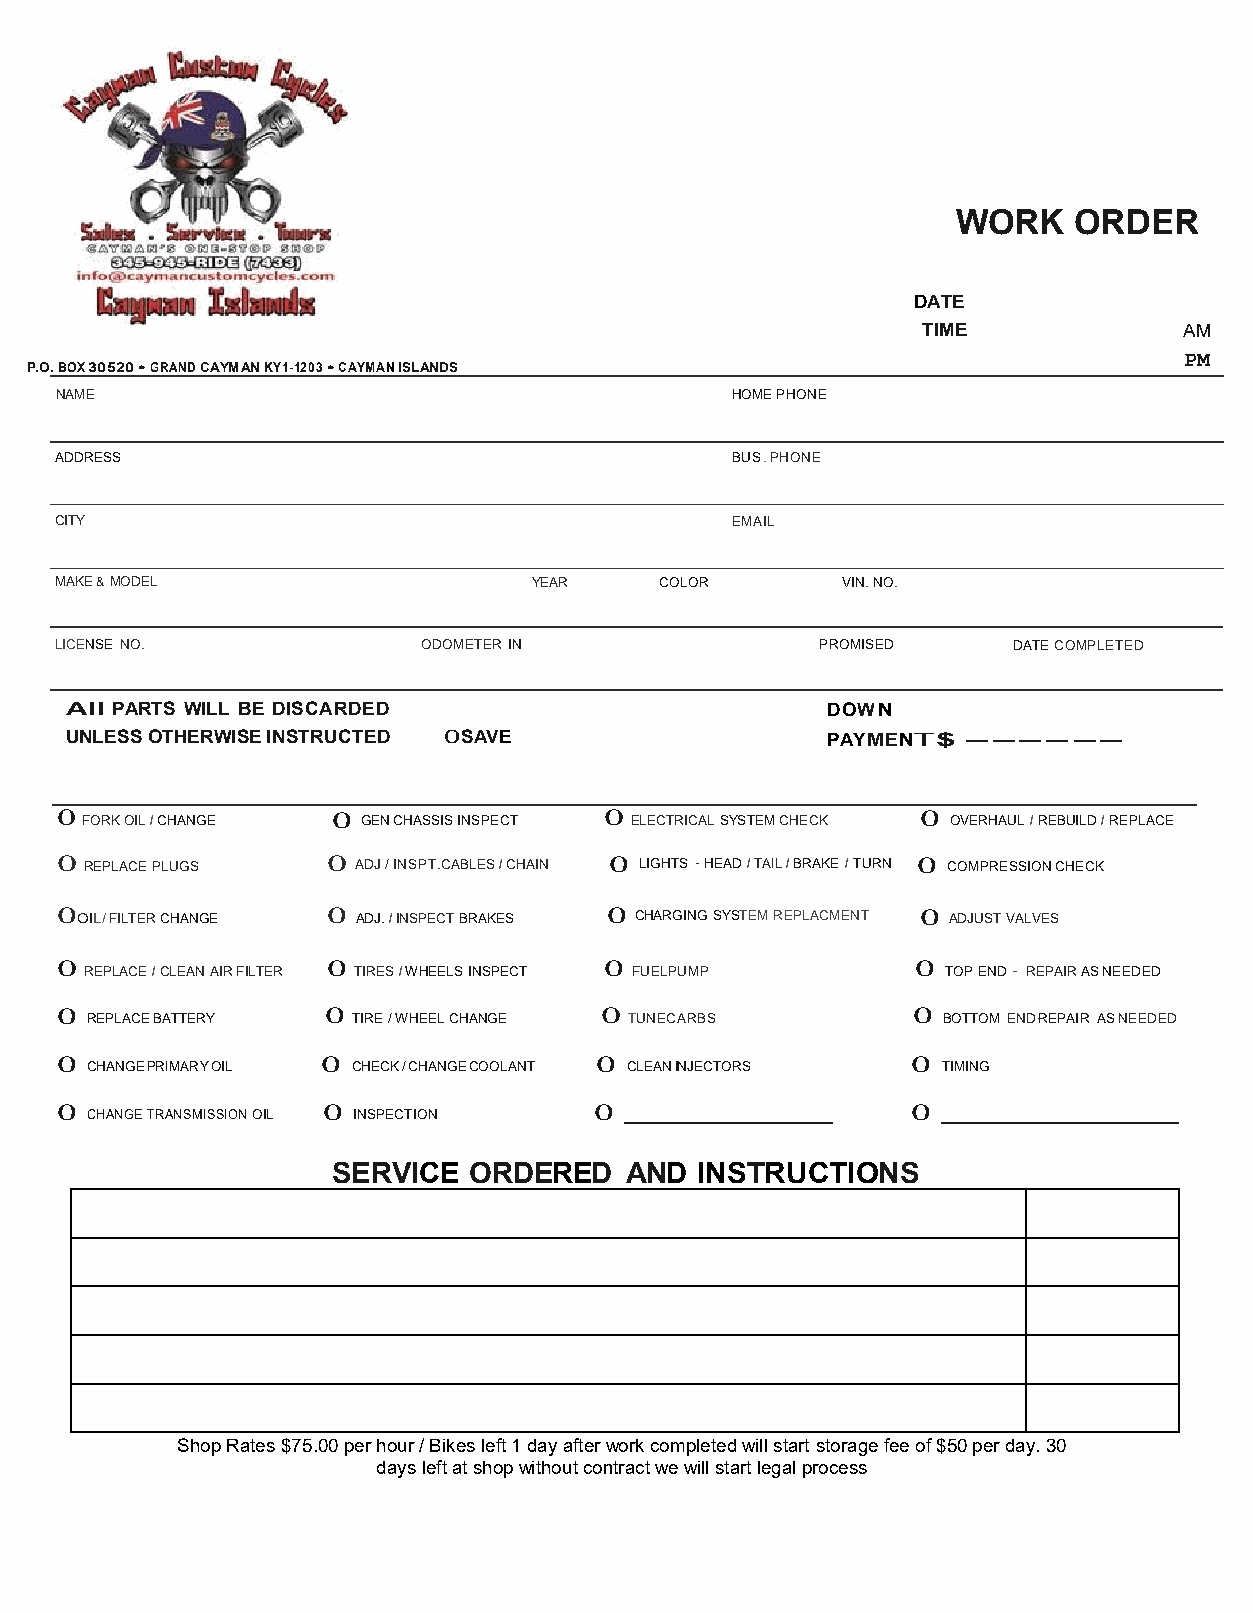
WORK    ORDER
 DATE
 TIME             AM
 P.O. BOX 30520 • GRAND CAYMAN KY1-1203 • CAYMAN ISLANDS                     PM
 NAME                                        HOME PHONE
 ADDRESS                                     BUS. PHONE
 CITY                                        EMAIL
 MAKE & MODEL                   YEAR     COLOR       VIN. NO.
 LICENSE NO.             ODOMETER IN               PROMISED     DATE COMPLETED
 All PARTS WILL BE DISCARDED                        DOW N
 UNLESS OTHERWISE INSTRUCTED 0SAVE                  PAYMENT$ ------
 0 FORK OIL I CHANGE 0 GEN CHASSIS INSPECT 0 ELECTRICAL SYSTEM CHECK 0 OVERHAUL I REBUILD I REPLACE
 0 REPLACE PLUGS   0 ADJ / INSPT.CABLES I CHAIN 0 LIGHTS · HEAD I TAIL I BRAKE I TURN 0 COMPRESSION CHECK
 0 OIL/ FILTER CHANGE 0 ADJ. I INSPECT BRAKES 0 CHARGING SYSTEM REPLACMENT 0 ADJUST VALVES
 0 REPLACE I CLEAN AIR FILTER 0 TIRES I W HEELS INSPECT 0 FUELPUMP 0 TOP END · REPAIR AS NEEDED
 0 REPLACE BATTERY 0 TIRE / WHEEL CHANGE 0 TUNECARBS     0 BOTTOM END·REPAIR AS NEEDED
 0 CHANGE PRIMARY OIL 0 CHECK / CHANGE COOLANT 0 CLEAN INJECTORS 0 TIMING
 0 CHANGE TRANSMISSION OIL 0 INSPECTION 0                0
 SERVICE  ORDERED   AND  INSTRUCTIONS
 Shop Rates $75.00 per hour / Bikes left 1 day after work completed will start storage fee of $50 per day. 30
 days left at shop without contract we will start legal process